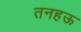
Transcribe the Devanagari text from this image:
तनहऊ